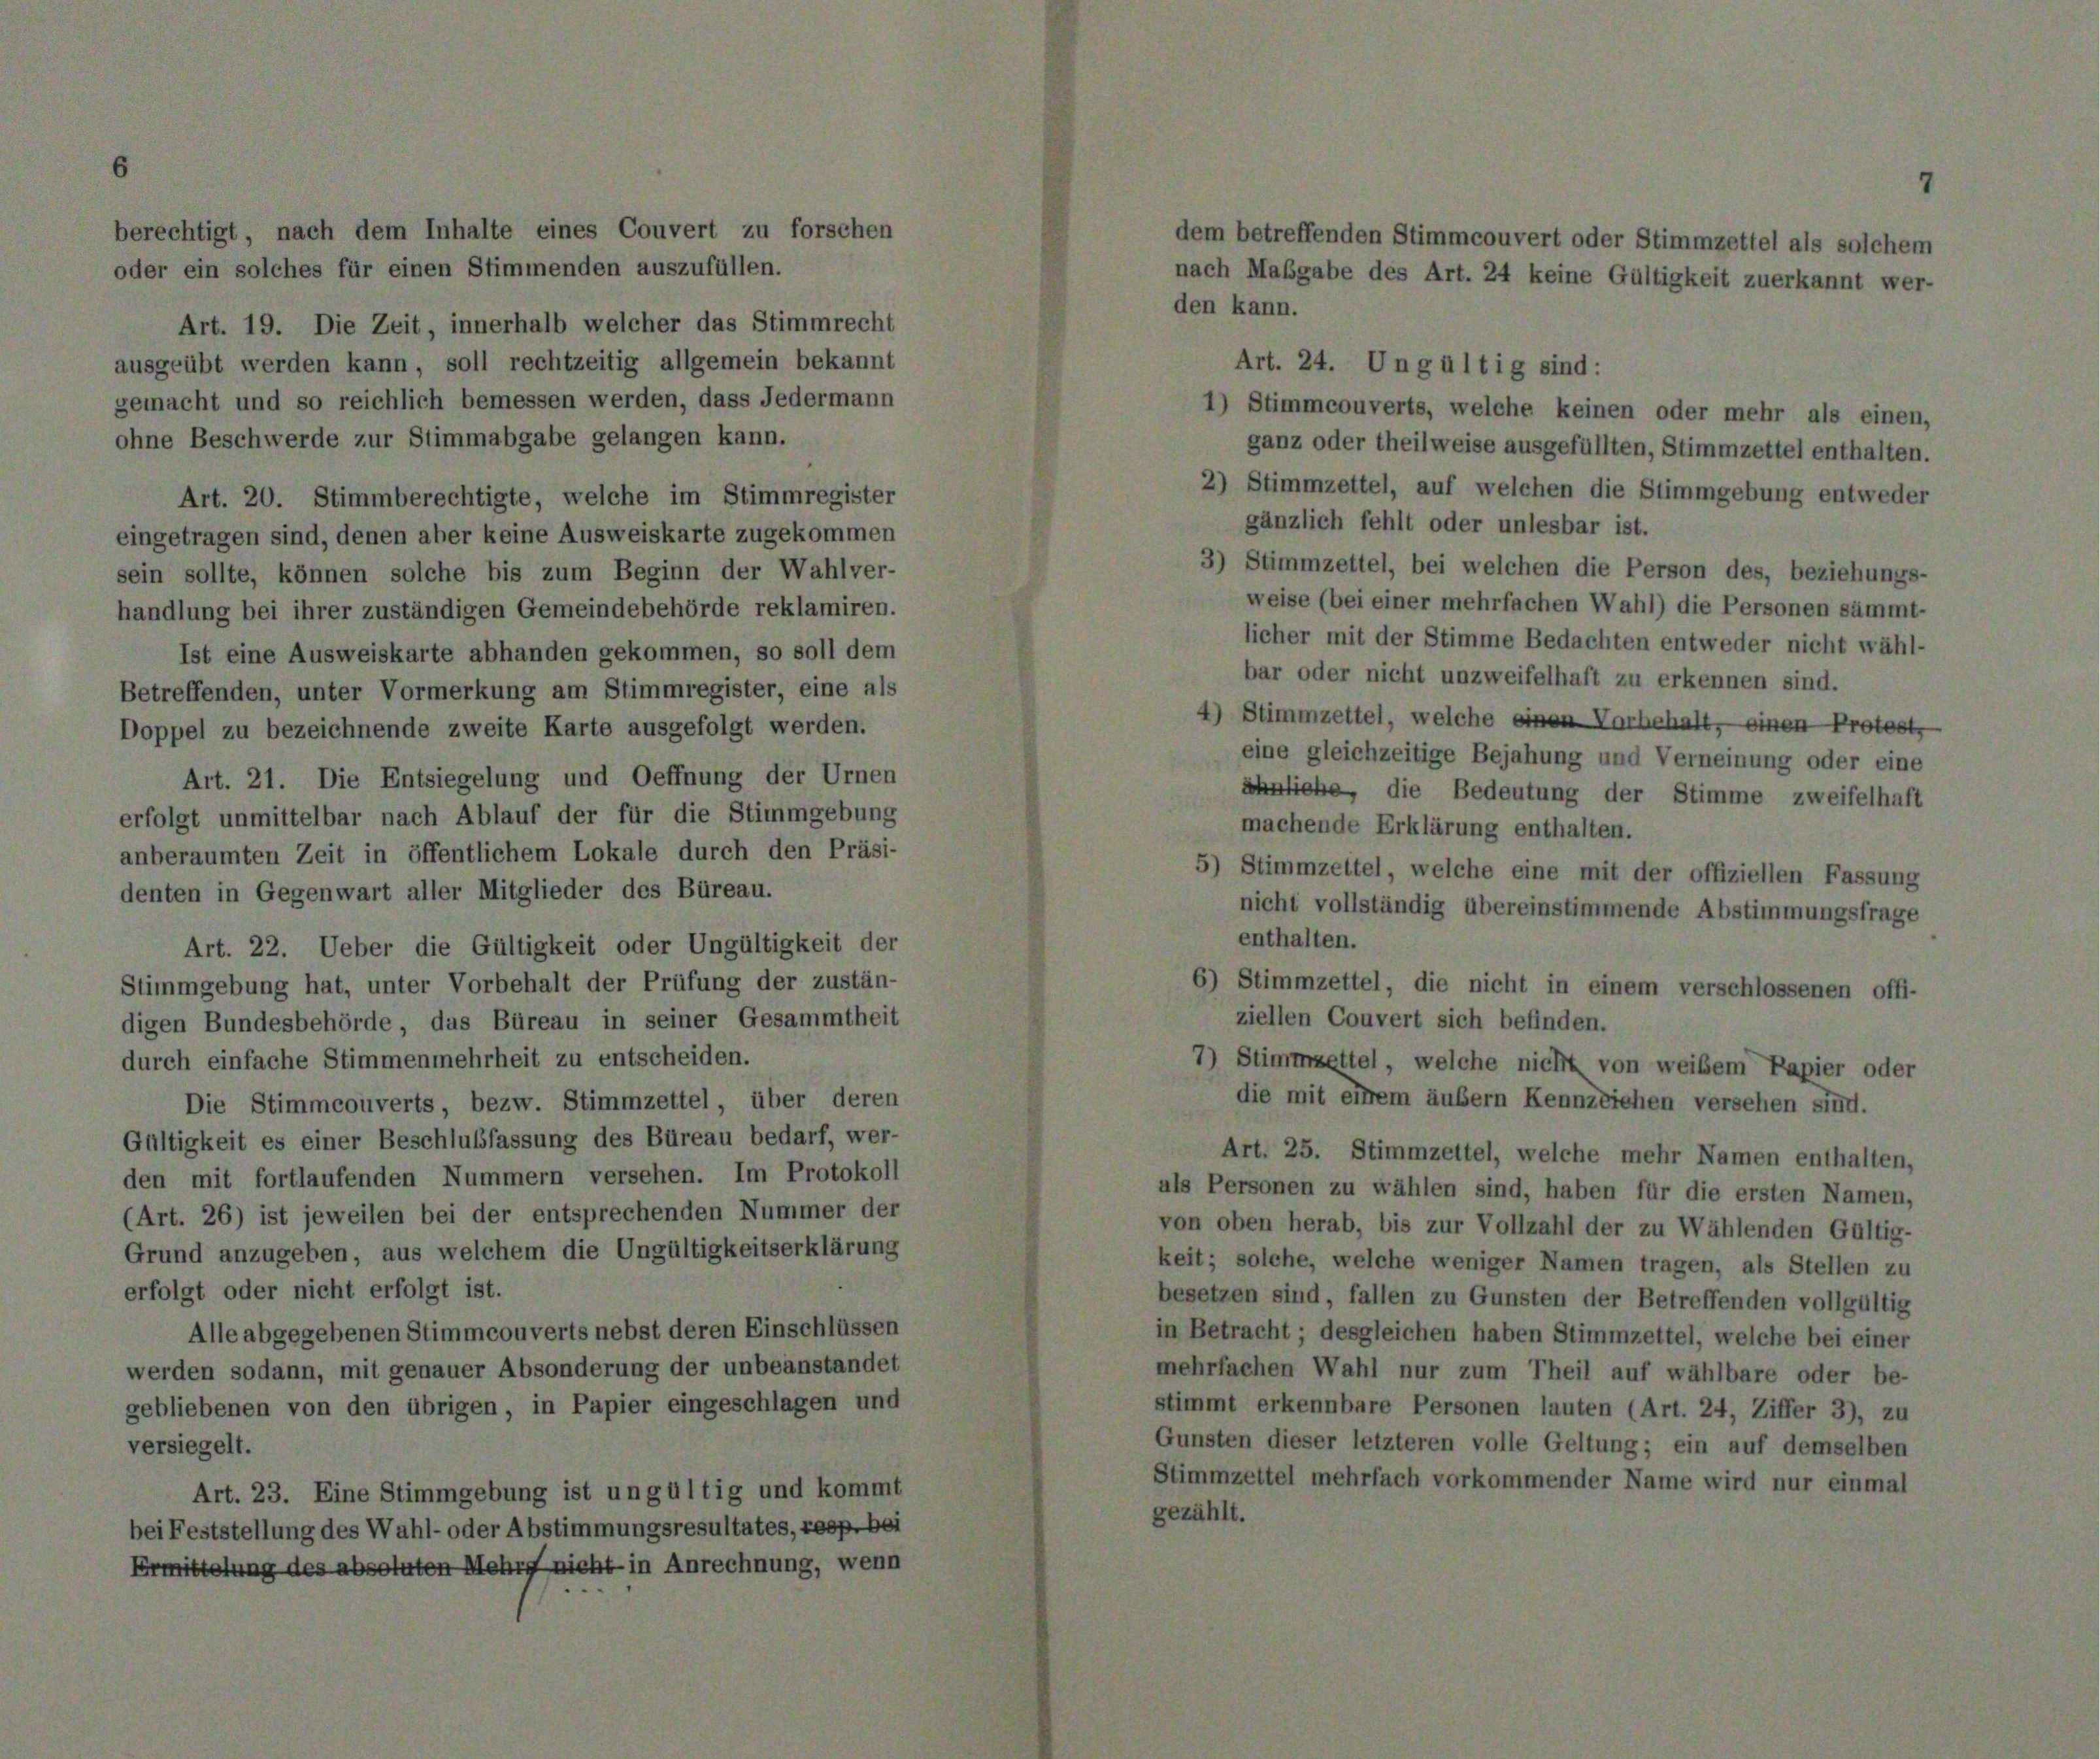
Betreffe
Doppel

erfo

anberi

d

digen Bundesbehörde, das Büreau in seiner Gesammt
durch einfache Stimmenmehrheit

(Art. 26) ist jeweilen bei der entsprechenden Numme
Grund anzugeben, aus welchem die Ungültigkeitserkl
erfolgt oder nicht erfolgt ist.
Alle abgegebenen Stimmcouverts nebst deren Einsch
werden sodann, mit genauer Absonderung der unbeans

21. Die Entsiegelung und Oeffnung der U
nmittelbar nach Ablauf der für die Stimmge
ten Zeit in öffentlichem Lokale durch den P
Gegenwart aller Mitglieder des Büreau.

Stimmcouverts, bezw. Stimmzettel über
Gültigkeit es einer Beschlußfassung des Büreau bedarf
den mit fortlaufenden Nummern versehen. Im Pro

1

Zeit,

umberechtigte, welche im Stimmregi
jenen aber keine Ausweiskarte zugekomm
n solche bis zum Beginn der Wahl-
zuständigen Gemeindebehörde reklami
eiskarte abhanden gekommen, so soll

r Vormerkung am Stir
nende zweite Karte al

Wa

ann,

r

II

l- oder Al

)

oll rechtze.
bemessen u

Jul

1.

tigkeit oder Ungültigkeit
halt der Prüfung der zus

a E

imr

mmregister
isgefolgt

1

Ungült

theilweise ausgefül

mzettel, bei welchen die Per
er mit der Stimme Bedachten s
oder nicht unzweifelhaft zu e
umzettel, welche einen Vorhe
gleichzeitige Bejahung und
iebe, die Bedeutung der
nende Erklärung enthalten.
mzettel, welche eine mit de
t vollständig übereinstimmen.

se (bei einer mehrfachen Wahl

1, die nic

1 zu wählen sind, haben
erab, bis zur Vollzahl di

allen zu Gunste
gleichen haben s

1

are Personen lau
letzteren volle Ge

Vors

h

m